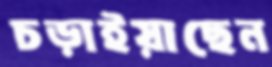
চড়াইয়াছেন